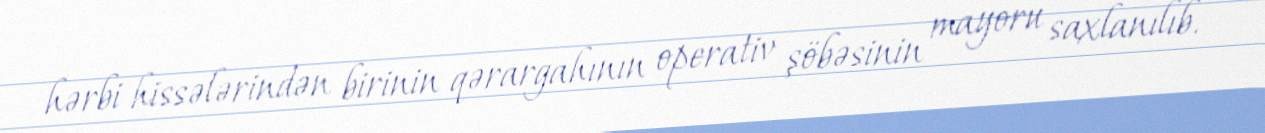
hərbi hissələrindən birinin qərargahının operativ şöbəsinin mayoru saxlanılıb.